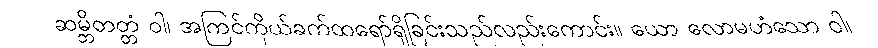
ဆမ္ဘိတတ္တံ ဝါ၊ အကြင်ကိုယ်ခက်ထရော်ရှိခြင်းသည်လည်းကောင်း။ ယော လောမဟံသော ဝါ၊